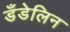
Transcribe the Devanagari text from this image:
डँडेलिन